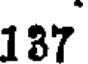
187